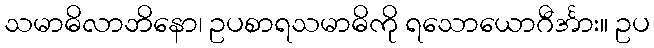
သမာဓိလာဘိနော၊ ဥပစာရသမာဓိကို ရသောယောဂီင်္အား။ ဥပ